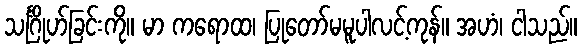
သင်္ဂြိုဟ်ခြင်းကို။ မာ ကရောထ၊ ပြုတော်မမူပါလင့်ကုန်။ အဟံ၊ ငါသည်။